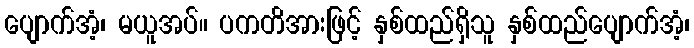
ပျောက်အံ့၊ မယူအပ်။ ပကတိအားဖြင့် နှစ်ထည်ရှိသူ နှစ်ထည်ပျောက်အံ့၊